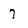
Character: 7